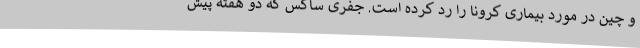
و چین در مورد بیماری کرونا را رد کرده است. جفری ساکس که دو هفته پیش